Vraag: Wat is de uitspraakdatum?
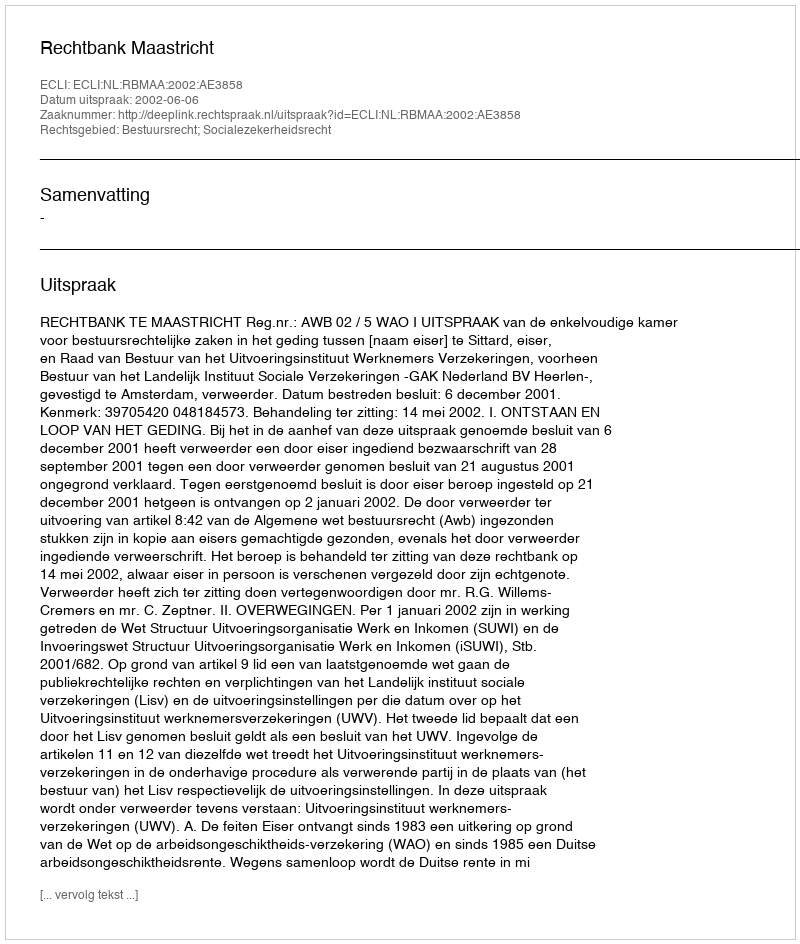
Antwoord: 2002-06-06